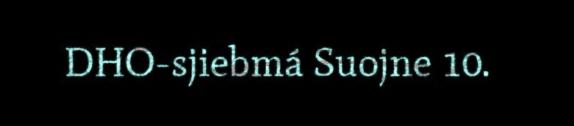
DHO-sjiebmá Suojne 10.